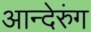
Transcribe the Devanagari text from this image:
आन्देरुंग